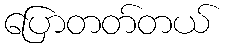
ပြောတတ်တယ်